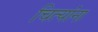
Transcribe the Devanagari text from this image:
चित्यांना